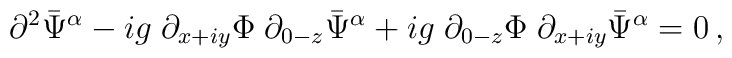
\partial^2 \bar\Psi^\alpha - ig \; \partial_{x+iy} \Phi \; \partial_{0-z}  \bar\Psi^\alpha + ig \; \partial_{0-z} \Phi \; \partial_{x+iy}  \bar\Psi^\alpha = 0 \,,